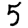
Digit: 5